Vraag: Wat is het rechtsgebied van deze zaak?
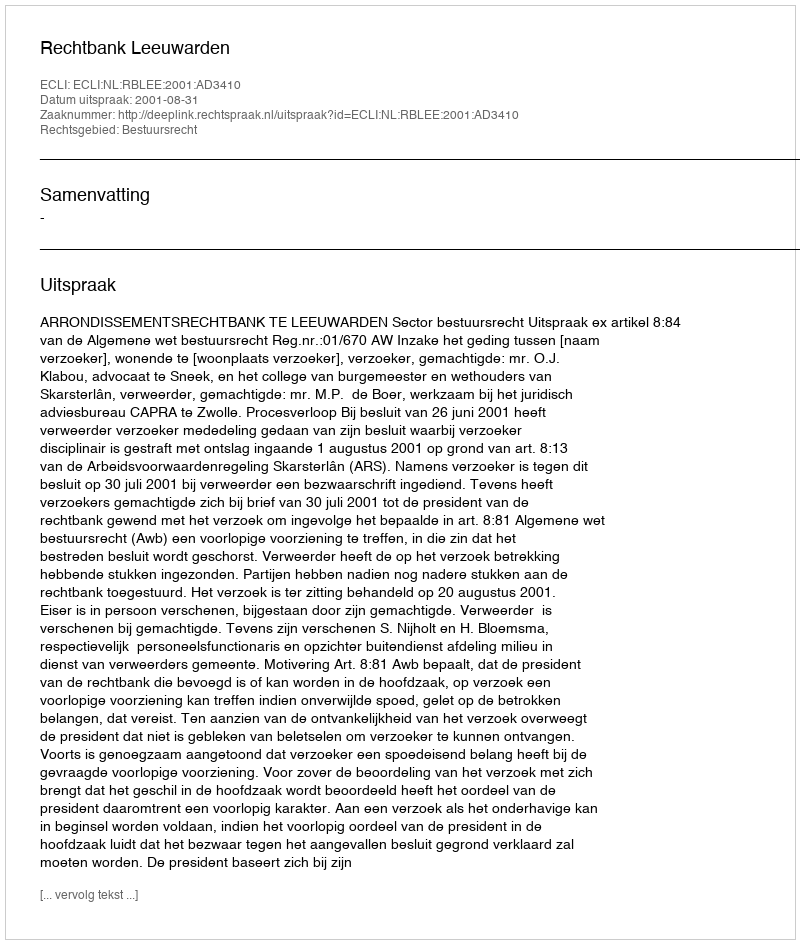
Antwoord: Bestuursrecht